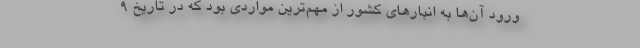
ورود آن‌ها به انبار‌های کشور از مهم‌ترین مواردی بود که در تاریخ ۹